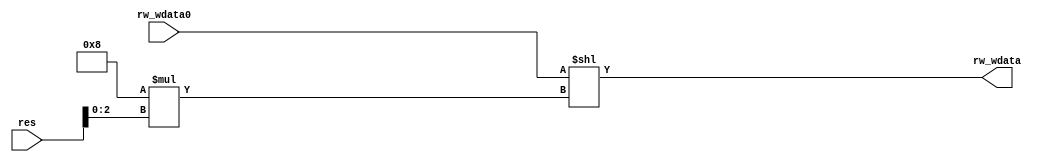
module Data_Off(
    input [63:0]res,
    input [63:0]rw_wdata0,

    output [63:0]rw_wdata
);
    assign rw_wdata = rw_wdata0 << (8*res[2:0]);
endmodule